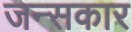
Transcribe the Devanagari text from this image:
जन्सकार